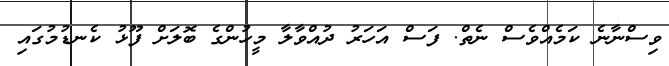
ވިސްނާނެ ކަމެއްވެސް ނެތް. ފަސް އަހަރު ދުއްވާލާ މީހުންގެ ބޮލަށް ފޫޅު ކެނޑުމުގައި